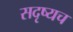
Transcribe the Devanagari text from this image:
सदृष्यच